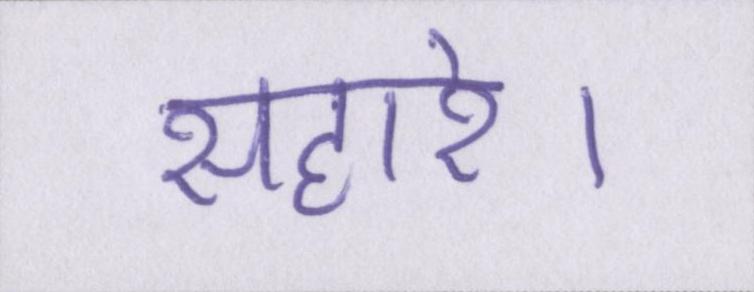
सहारे।